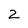
Character: 2